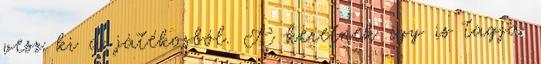
vesz ki a játékosból. A keretnek így is tagja